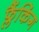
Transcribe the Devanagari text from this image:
फ्लैंकिंग